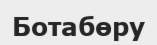
Ботабөру